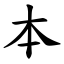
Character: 本